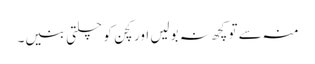
منہ سے تو کچھ نہ بولیں اور کچن کو چلتی بنیں۔